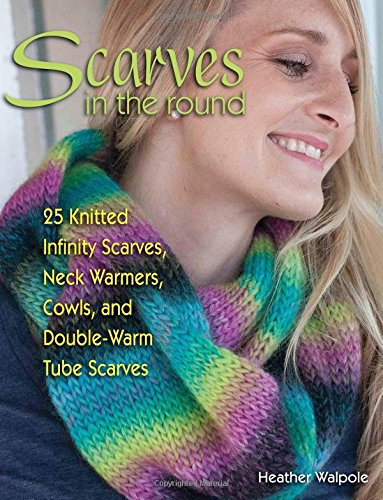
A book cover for Scarves in the Round: 25 Knitted Infinity Scarves, Neck Warmers, Cowls, and Double-Warm Tube Scarves; Heather Walpole; Crafts, Hobbies & Home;